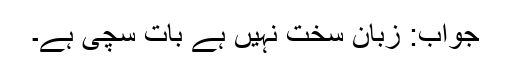
جواب: زبان سخت نہیں ہے بات سچی ہے۔